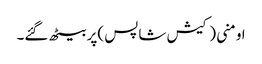
اومنی (کیش شاپس )پر بیٹھ گئے۔